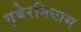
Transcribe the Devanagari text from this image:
गुबेरनियास